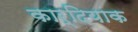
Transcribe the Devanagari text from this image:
कार्दियाक